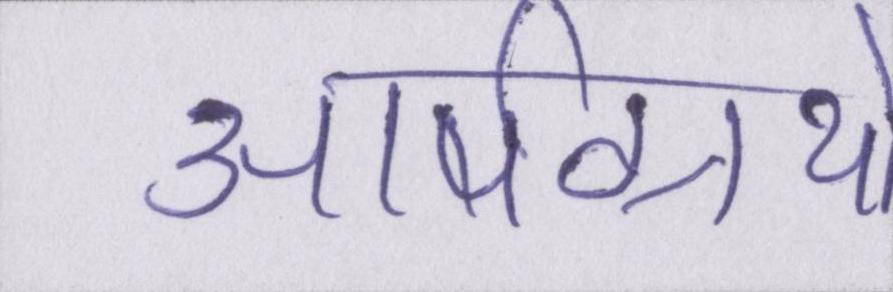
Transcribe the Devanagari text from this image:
आर्षग्रंथों